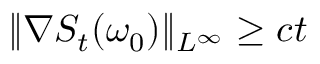
\| \nabla S _ { t } ( \omega _ { 0 } ) \| _ { L ^ { \infty } } \geq c t